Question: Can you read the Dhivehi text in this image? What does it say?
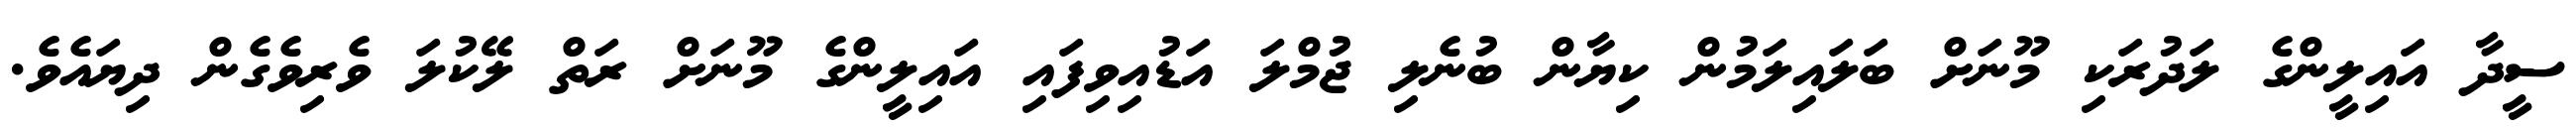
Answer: ސީދާ އައިލީންގެ ލަދުރަކި މޫނަށް ބަލައިލަމުން ކިޔާން ބުނެލި ޖުމްލަ އަޑުއިވިފައި އައިލީންގެ މޫނަށް ރަތް ލޭކުލަ ވެރިވެގެން ދިޔައެވެ.